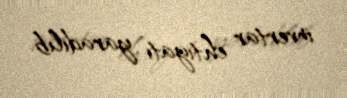
invertar ehtiyatı yaradılıb.